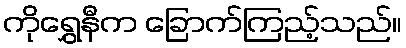
ကိုရွှေနီက ခြောက်ကြည့်သည်။